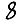
Digit: 8